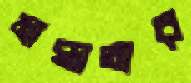
মান্ধাতার